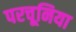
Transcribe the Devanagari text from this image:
परचूनिया